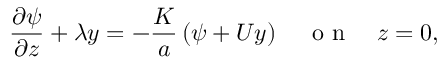
\frac { \partial \psi } { \partial z } + \lambda y = - \frac { K } { a } \left( \psi + U y \right) \quad \textrm { o n } \quad z = 0 ,